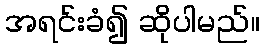
အရင်းခံ၍ ဆိုပါမည်။